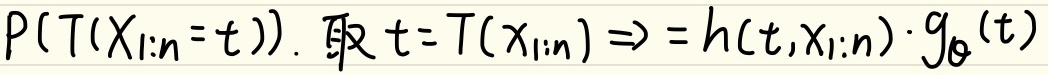
\(P(T(X_{1:n}=t))\)。取 \(t = T(x_{1:n})\Rightarrow=h(t,x_{1:n})\cdot g_{\theta}(t)\)